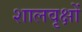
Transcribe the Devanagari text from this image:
शालवृक्षों